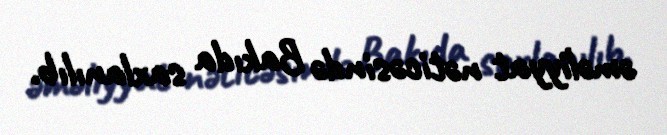
əməliyyat nəticəsində Bakıda saxlanılıb.